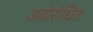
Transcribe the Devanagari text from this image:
अवोरोधित